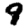
Digit: 9